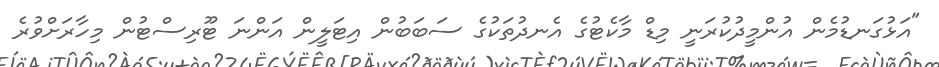
"އަޅުގަނޑުމެން އުންމީދުކުރަނީ މިޑް މާކެޓުގެ އެނދުތަކުގެ ސަބަބުން އިޓަލީން އަންނަ ޓޫރިސްޓުން މިހާރަށްވުރެ